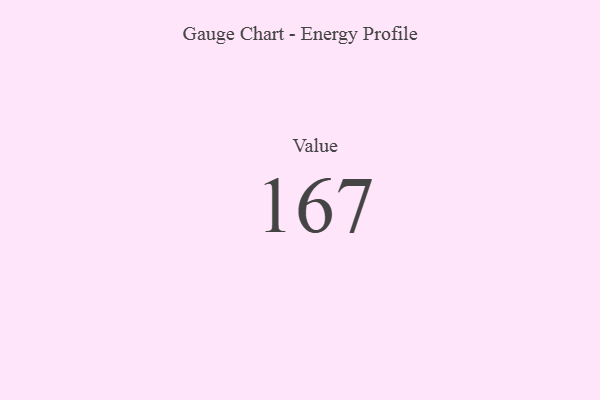
{"axis": {"x": "Metric", "y": "Value"}, "legend": [""], "data": [{"x": "Value", "y": 167, "type": ""}]}